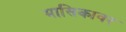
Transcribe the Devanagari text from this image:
मासिकावर